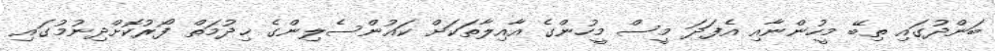
ބަންދުގައި ތިބޭ މީހުންނާއި އެފަދަ މީސް މީހުންގެ އާއިލާތަކަށް ކައުންސެލިންގެ ޚިދުމަތް ފޯރުކޮށްދިނުމުގައި